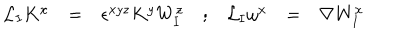
LaTeX: \begin{array} { c c c c c c c } { { { \cal L } _ { \mathbf { I } } K ^ { x } } } & { { = } } & { { \epsilon ^ { x y z } K ^ { y } W _ { \mathbf { I } } ^ { z } } } & { { ; } } & { { { \cal L } _ { \mathbf { I } } \omega ^ { x } } } & { { = } } & { { \nabla W _ { \mathbf { I } } ^ { x } } } \\ \end{array}